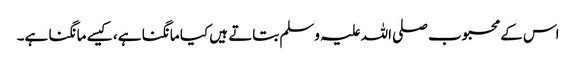
اس کے محبوب صلی اللہ علیہ وسلم بتاتے ہیں کیا مانگنا ہے، کیسے مانگنا ہے۔